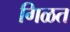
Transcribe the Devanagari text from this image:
गिळत